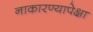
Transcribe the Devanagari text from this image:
नाकारण्यापेक्षा